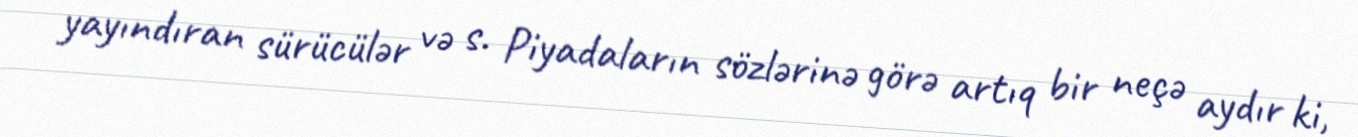
yayındıran sürücülər və s. Piyadaların sözlərinə görə artıq bir neçə aydır ki,